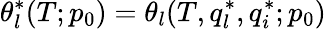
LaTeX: \theta_{l}^{*}(T;p_{0})=\theta_{l}(T,q_{l}^{*},q_{i}^{*};p_{0})